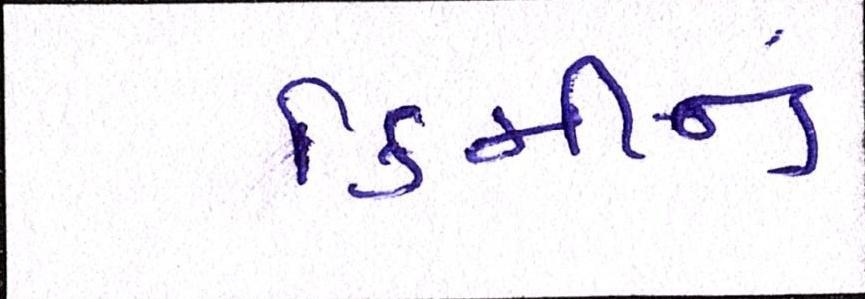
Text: કિમીનું